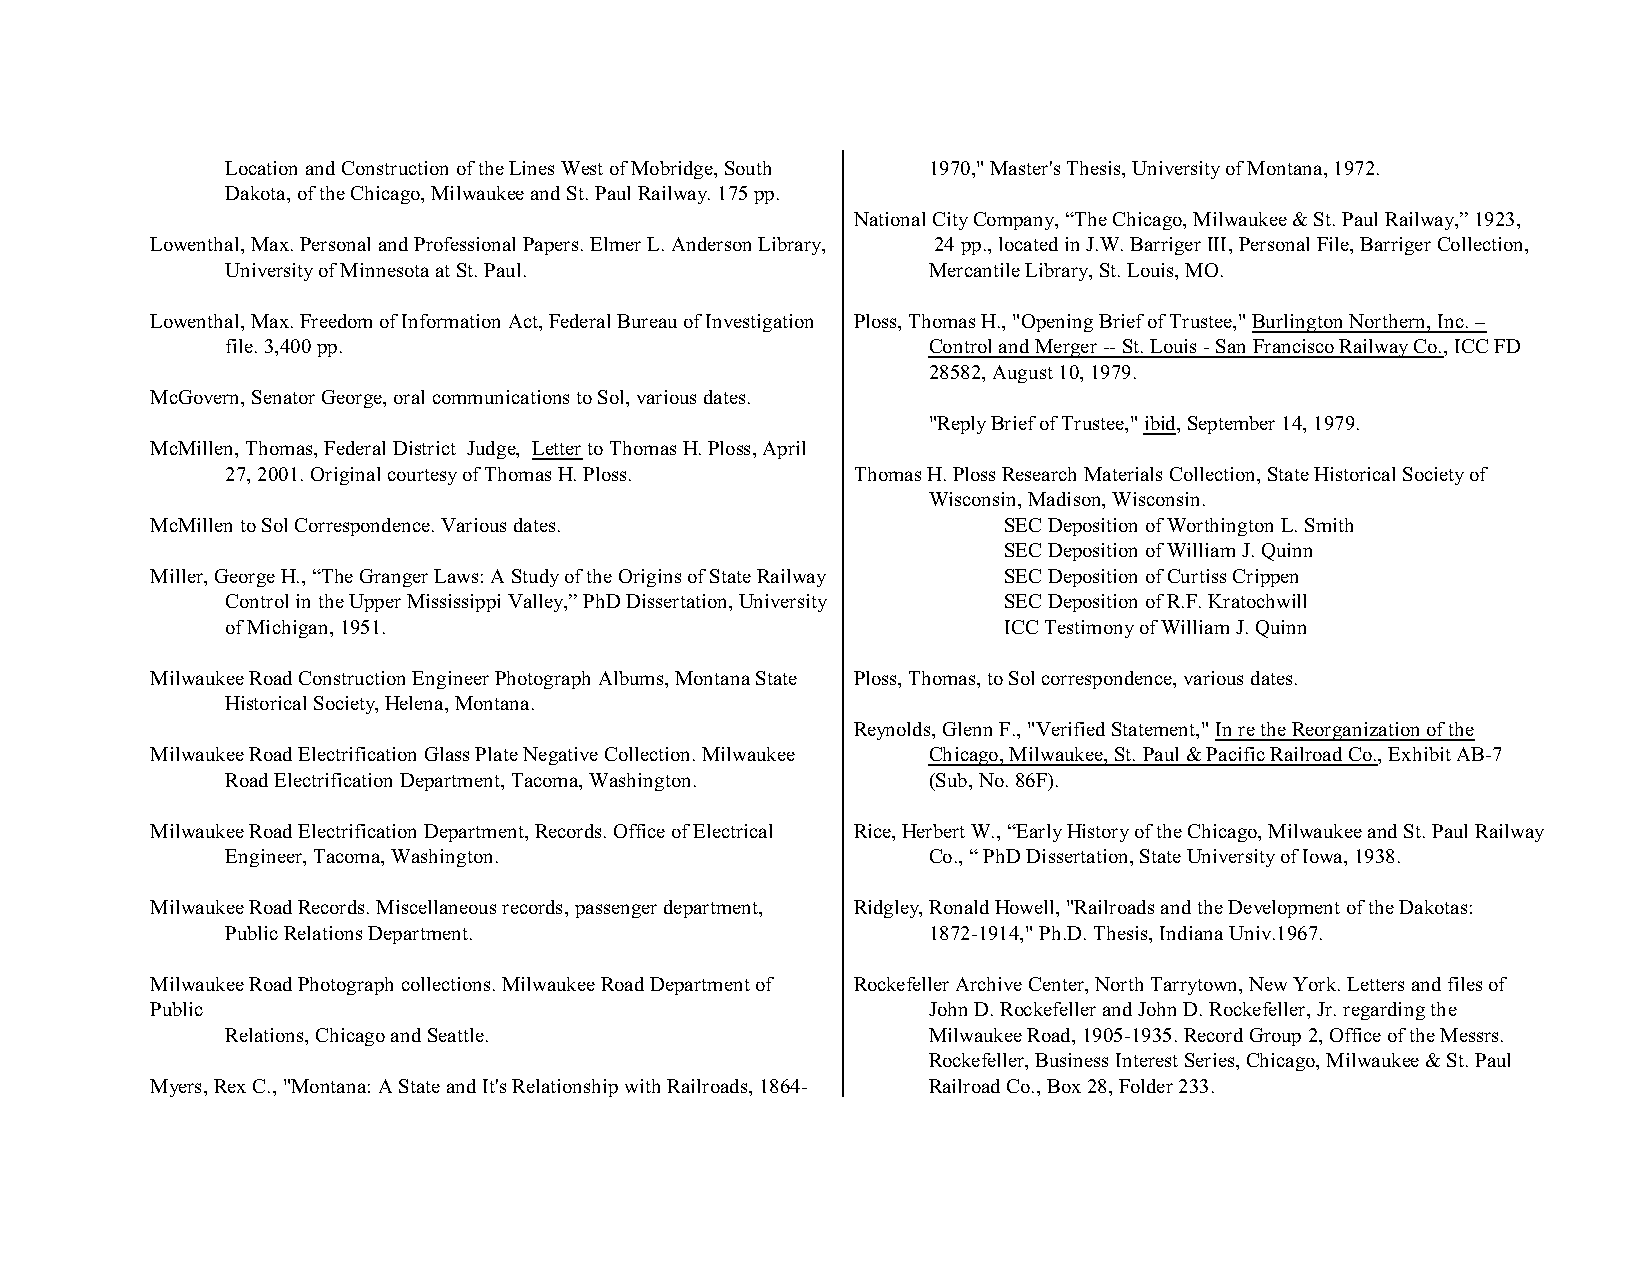
Location and Construction of the Lines West of Mobridge, South 1970," Master's Thesis, University of Montana, 1972.
 Dakota, of the Chicago, Milwaukee and St. Paul Railway. 175 pp.
 National City Company, “The Chicago, Milwaukee & St. Paul Railway,” 1923,
 Lowenthal, Max. Personal and Professional Papers. Elmer L. Anderson Library, 24 pp., located in J.W. Barriger III, Personal File, Barriger Collection,
 University of Minnesota at St. Paul.          Mercantile Library, St. Louis, MO.
 Lowenthal, Max. Freedom of Information Act, Federal Bureau of Investigation Ploss, Thomas H., "Opening Brief of Trustee," Burlington Northern, Inc. –
 file. 3,400 pp.                               Control and Merger -- St. Louis - San Francisco Railway Co., ICC FD
 28582, August 10, 1979.
 McGovern, Senator George, oral communications to Sol, various dates.
 "Reply Brief of Trustee," ibid, September 14, 1979.
 McMillen, Thomas, Federal District Judge, Letter to Thomas H. Ploss, April
 27, 2001. Original courtesy of Thomas H. Ploss. Thomas H. Ploss Research Materials Collection, State Historical Society of
 Wisconsin, Madison, Wisconsin.
 McMillen to Sol Correspondence. Various dates.          SEC Deposition of Worthington L. Smith
 SEC Deposition of William J. Quinn
 Miller, George H., “The Granger Laws: A Study of the Origins of State Railway SEC Deposition of Curtiss Crippen
 Control in the Upper Mississippi Valley,” PhD Dissertation, University SEC Deposition of R.F. Kratochwill
 of Michigan, 1951.                                 ICC Testimony of William J. Quinn
 Milwaukee Road Construction Engineer Photograph Albums, Montana State Ploss, Thomas, to Sol correspondence, various dates.
 Historical Society, Helena, Montana.
 Reynolds, Glenn F., "Verified Statement," In re the Reorganization of the
 Milwaukee Road Electrification Glass Plate Negative Collection. Milwaukee Chicago, Milwaukee, St. Paul & Pacific Railroad Co., Exhibit AB-7
 Road Electrification Department, Tacoma, Washington. (Sub, No. 86F).
 Milwaukee Road Electrification Department, Records. Office of Electrical Rice, Herbert W., “Early History of the Chicago, Milwaukee and St. Paul Railway
 Engineer, Tacoma, Washington.                 Co., “ PhD Dissertation, State University of Iowa, 1938.
 Milwaukee Road Records. Miscellaneous records, passenger department, Ridgley, Ronald Howell, "Railroads and the Development of the Dakotas:
 Public Relations Department.                  1872-1914," Ph.D. Thesis, Indiana Univ.1967.
 Milwaukee Road Photograph collections. Milwaukee Road Department of Rockefeller Archive Center, North Tarrytown, New York. Letters and files of
 Public                                             John D. Rockefeller and John D. Rockefeller, Jr. regarding the
 Relations, Chicago and Seattle.               Milwaukee Road, 1905-1935. Record Group 2, Office of the Messrs.
 Rockefeller, Business Interest Series, Chicago, Milwaukee & St. Paul
 Myers, Rex C., "Montana: A State and It's Relationship with Railroads, 1864- Railroad Co., Box 28, Folder 233.